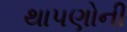
થાપણોની